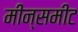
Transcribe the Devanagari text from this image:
मीन्समीट